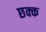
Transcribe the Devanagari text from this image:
छक्क